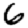
Digit: 6